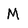
Character: M